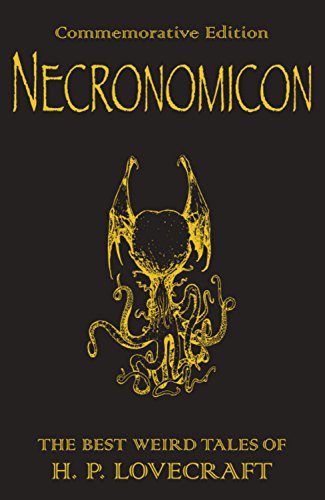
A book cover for Necronomicon: The Best Weird Tales of H.P. Lovecraft (Commemorative Edition); H. P. Lovecraft; Science Fiction & Fantasy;